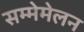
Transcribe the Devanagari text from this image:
सम्मेमेलन